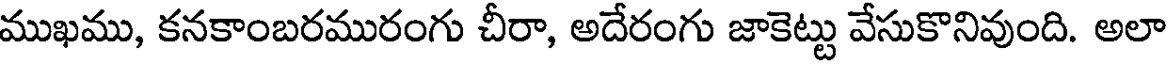
ముఖము, కనకాంబరమురంగు చీరా, అదేరంగు జాకెట్టు వేసుకొనివుంది. అలా